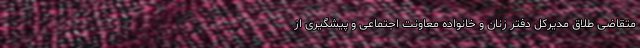
متقاضی طلاق مدیرکل دفتر زنان و خانواده معاونت اجتماعی و پیشگیری از